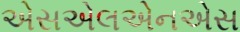
એસએલએનએસ